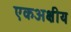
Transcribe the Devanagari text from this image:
एकअक्षीय